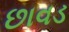
છાવડ